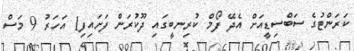
ކަރަންޓުގެ ސަބްސިޑީއަށް އެދޭ ފޯމް ކުރިނބީގައި ދޫކުރަން ފަށައިފި1 އަހަރު 9 މަސް